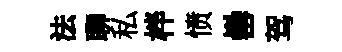
法聊私柈愤罍驾